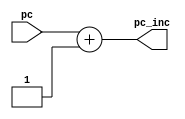
`timescale 1ns / 1ps
//////////////////////////////////////
// Design Name: 	 pipeline
// Module Name:    sumador 
// Description: Suma uno al PC
//////////////////////////////////////
module sumador(
	 //input clk,
    input [6:0] pc,
    output[6:0] pc_inc
    );
    assign pc_inc = pc+1;
endmodule